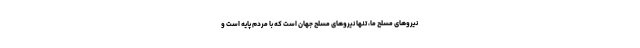
نیروهای مسلح ما، تنها نیروهای مسلح جهان است که با مردم پایه است و